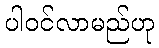
ပါဝင်လာမည်ဟု